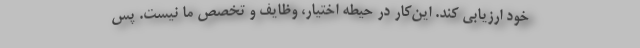
خود ارزیابی کند. این‌کار در حیطه اختیار، وظایف و تخصص ما نیست. پس